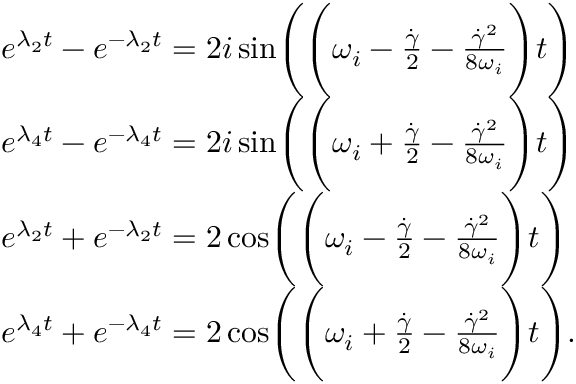
\begin{array} { r l } & { e ^ { \lambda _ { 2 } t } - e ^ { - \lambda _ { 2 } t } = 2 i \sin \Biggl ( \Biggl ( \omega _ { i } - \frac { \dot { \gamma } } { 2 } - \frac { \dot { \gamma } ^ { 2 } } { 8 \omega _ { i } } \Biggr ) t \Biggr ) } \\ & { e ^ { \lambda _ { 4 } t } - e ^ { - \lambda _ { 4 } t } = 2 i \sin \Biggl ( \Biggl ( \omega _ { i } + \frac { \dot { \gamma } } { 2 } - \frac { \dot { \gamma } ^ { 2 } } { 8 \omega _ { i } } \Biggr ) t \Biggr ) } \\ & { e ^ { \lambda _ { 2 } t } + e ^ { - \lambda _ { 2 } t } = 2 \cos \Biggl ( \Biggl ( \omega _ { i } - \frac { \dot { \gamma } } { 2 } - \frac { \dot { \gamma } ^ { 2 } } { 8 \omega _ { i } } \Biggr ) t \Biggr ) } \\ & { e ^ { \lambda _ { 4 } t } + e ^ { - \lambda _ { 4 } t } = 2 \cos \Biggl ( \Biggl ( \omega _ { i } + \frac { \dot { \gamma } } { 2 } - \frac { \dot { \gamma } ^ { 2 } } { 8 \omega _ { i } } \Biggr ) t \Biggr ) . } \end{array}